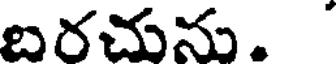
బరచును.